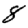
Digit: 8